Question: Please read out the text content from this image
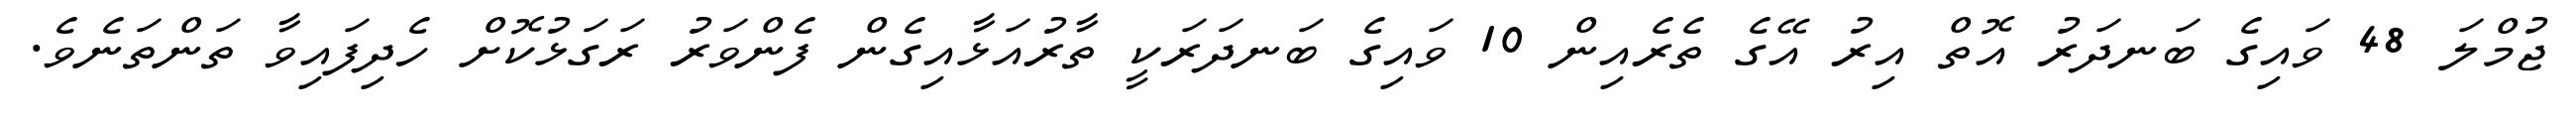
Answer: ޖުމްލަ 48 ވައިގެ ބަނދަރު އޮތް އިރު އޭގެ ތެރެއިން 10 ވައިގެ ބަނދަރަކީ ތާރުއަޅާއިގެން ފެންވަރު ރަގަޅުކޮށް ހެދިފައިވާ ތަންތަނެވެ.